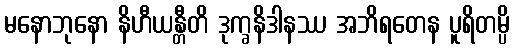
မနောဘုနော နိဟီယန္တီတိ ဒုက္ခနိဒါနဿ အဘိရတေန ပူရိတမ္ပိ